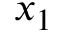
x _ { 1 }